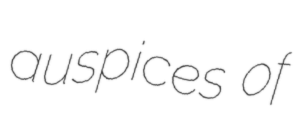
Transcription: auspices of